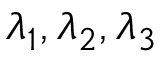
\lambda _ { 1 } , \lambda _ { 2 } , \lambda _ { 3 }